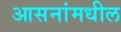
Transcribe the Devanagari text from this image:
आसनांमधील